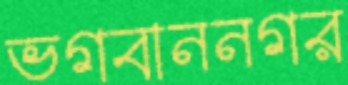
ভগবাননগর